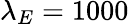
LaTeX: \lambda_{E}=1000